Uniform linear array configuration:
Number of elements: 64
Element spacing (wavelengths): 0.75
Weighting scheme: cosine
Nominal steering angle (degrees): -30
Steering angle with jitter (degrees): -30.792
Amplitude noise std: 0.05
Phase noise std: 0.05

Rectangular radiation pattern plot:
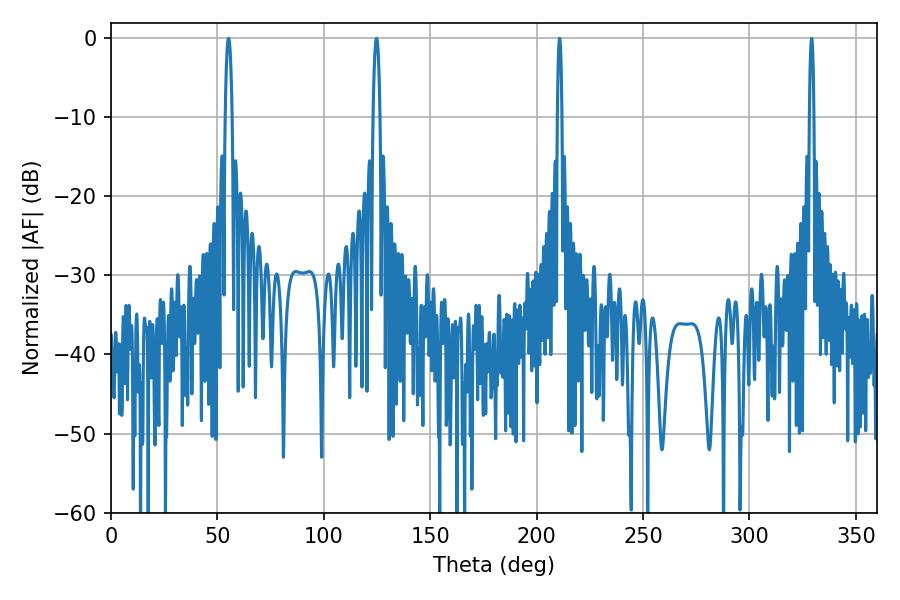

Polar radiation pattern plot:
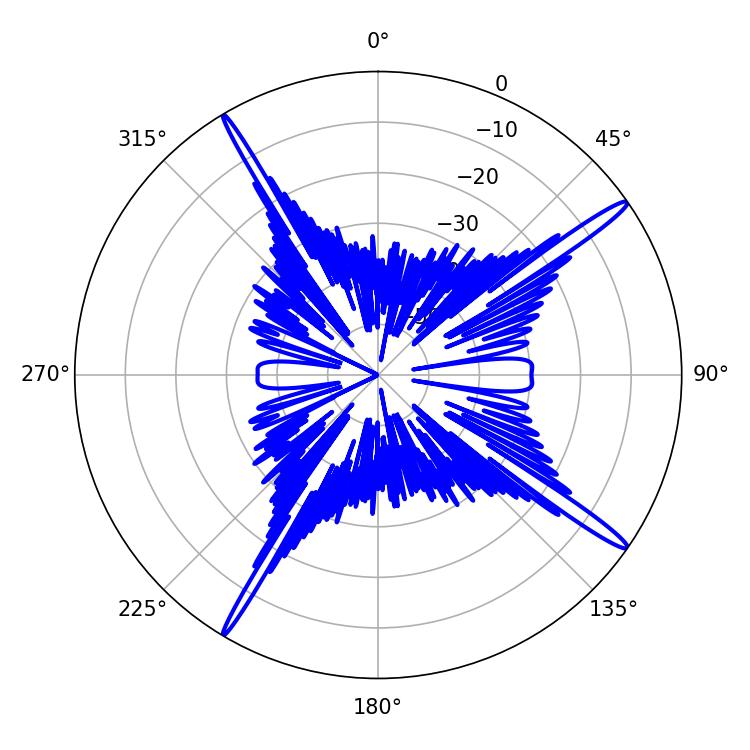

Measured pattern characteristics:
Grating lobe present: TRUE
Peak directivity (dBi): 17.49
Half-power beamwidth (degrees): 1.08
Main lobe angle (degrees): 210.78